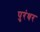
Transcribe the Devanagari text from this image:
पुरंधर